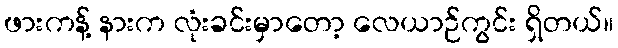
ဖားကန့် နားက လုံးခင်းမှာတော့ လေယာဉ်ကွင်း ရှိတယ်။